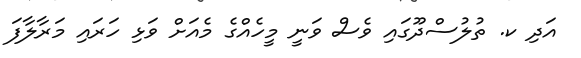
އަދި ކ. ތުލުސްދޫގައި ވެސް ވަނީ މީހެއްގެ މެއަށް ވަޅި ހަރައި މަރާލާފަ